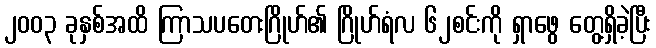
၂၀၀၃ ခုနှစ်အထိ ကြာသပတေးဂြိုဟ်၏ ဂြိုဟ်ရံလ ၆၂စင်းကို ရှာဖွေ တွေ့ရှိခဲ့ပြီး